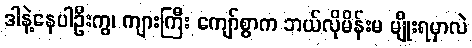
ဒါနဲ့နေပါဦးကွ၊ ကျားကြီး ကျော်စွာက ဘယ်လိုမိန်းမ မျိုးရမှာလဲ